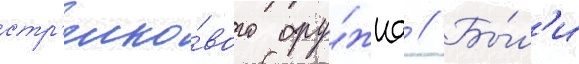
стр'елко́вого ору́жиа // Бы́л'и